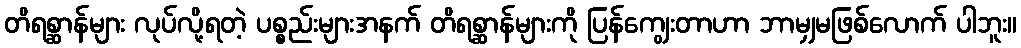
တိရစ္ဆာန်များ လုပ်လို့ရတဲ့ ပစ္စည်းများအနက် တိရစ္ဆာန်များကို ပြန်ကျွေးတာဟာ ဘာမျှမဖြစ်လောက် ပါဘူး။